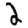
Digit: 2